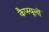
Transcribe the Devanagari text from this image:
कैप्स्यूलों